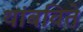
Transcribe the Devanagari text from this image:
थांबविते